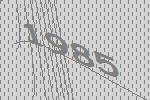
1985